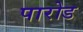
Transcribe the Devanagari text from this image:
पारोड